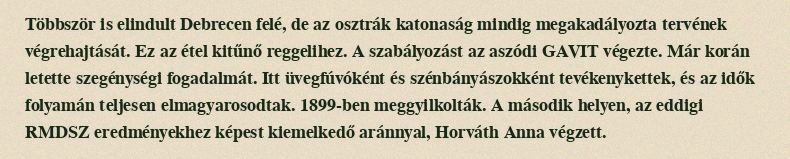
Többször is elindult Debrecen felé, de az osztrák katonaság mindig megakadályozta tervének végrehajtását. Ez az étel kitűnő reggelihez. A szabályozást az aszódi GAVIT végezte. Már korán letette szegénységi fogadalmát. Itt üvegfúvóként és szénbányászokként tevékenykettek, és az idők folyamán teljesen elmagyarosodtak. 1899-ben meggyilkolták. A második helyen, az eddigi RMDSZ eredményekhez képest kiemelkedő aránnyal, Horváth Anna végzett.